65_HS1-834228961_62-HQ-83894_Section_8
Agency: FBI
Page 29
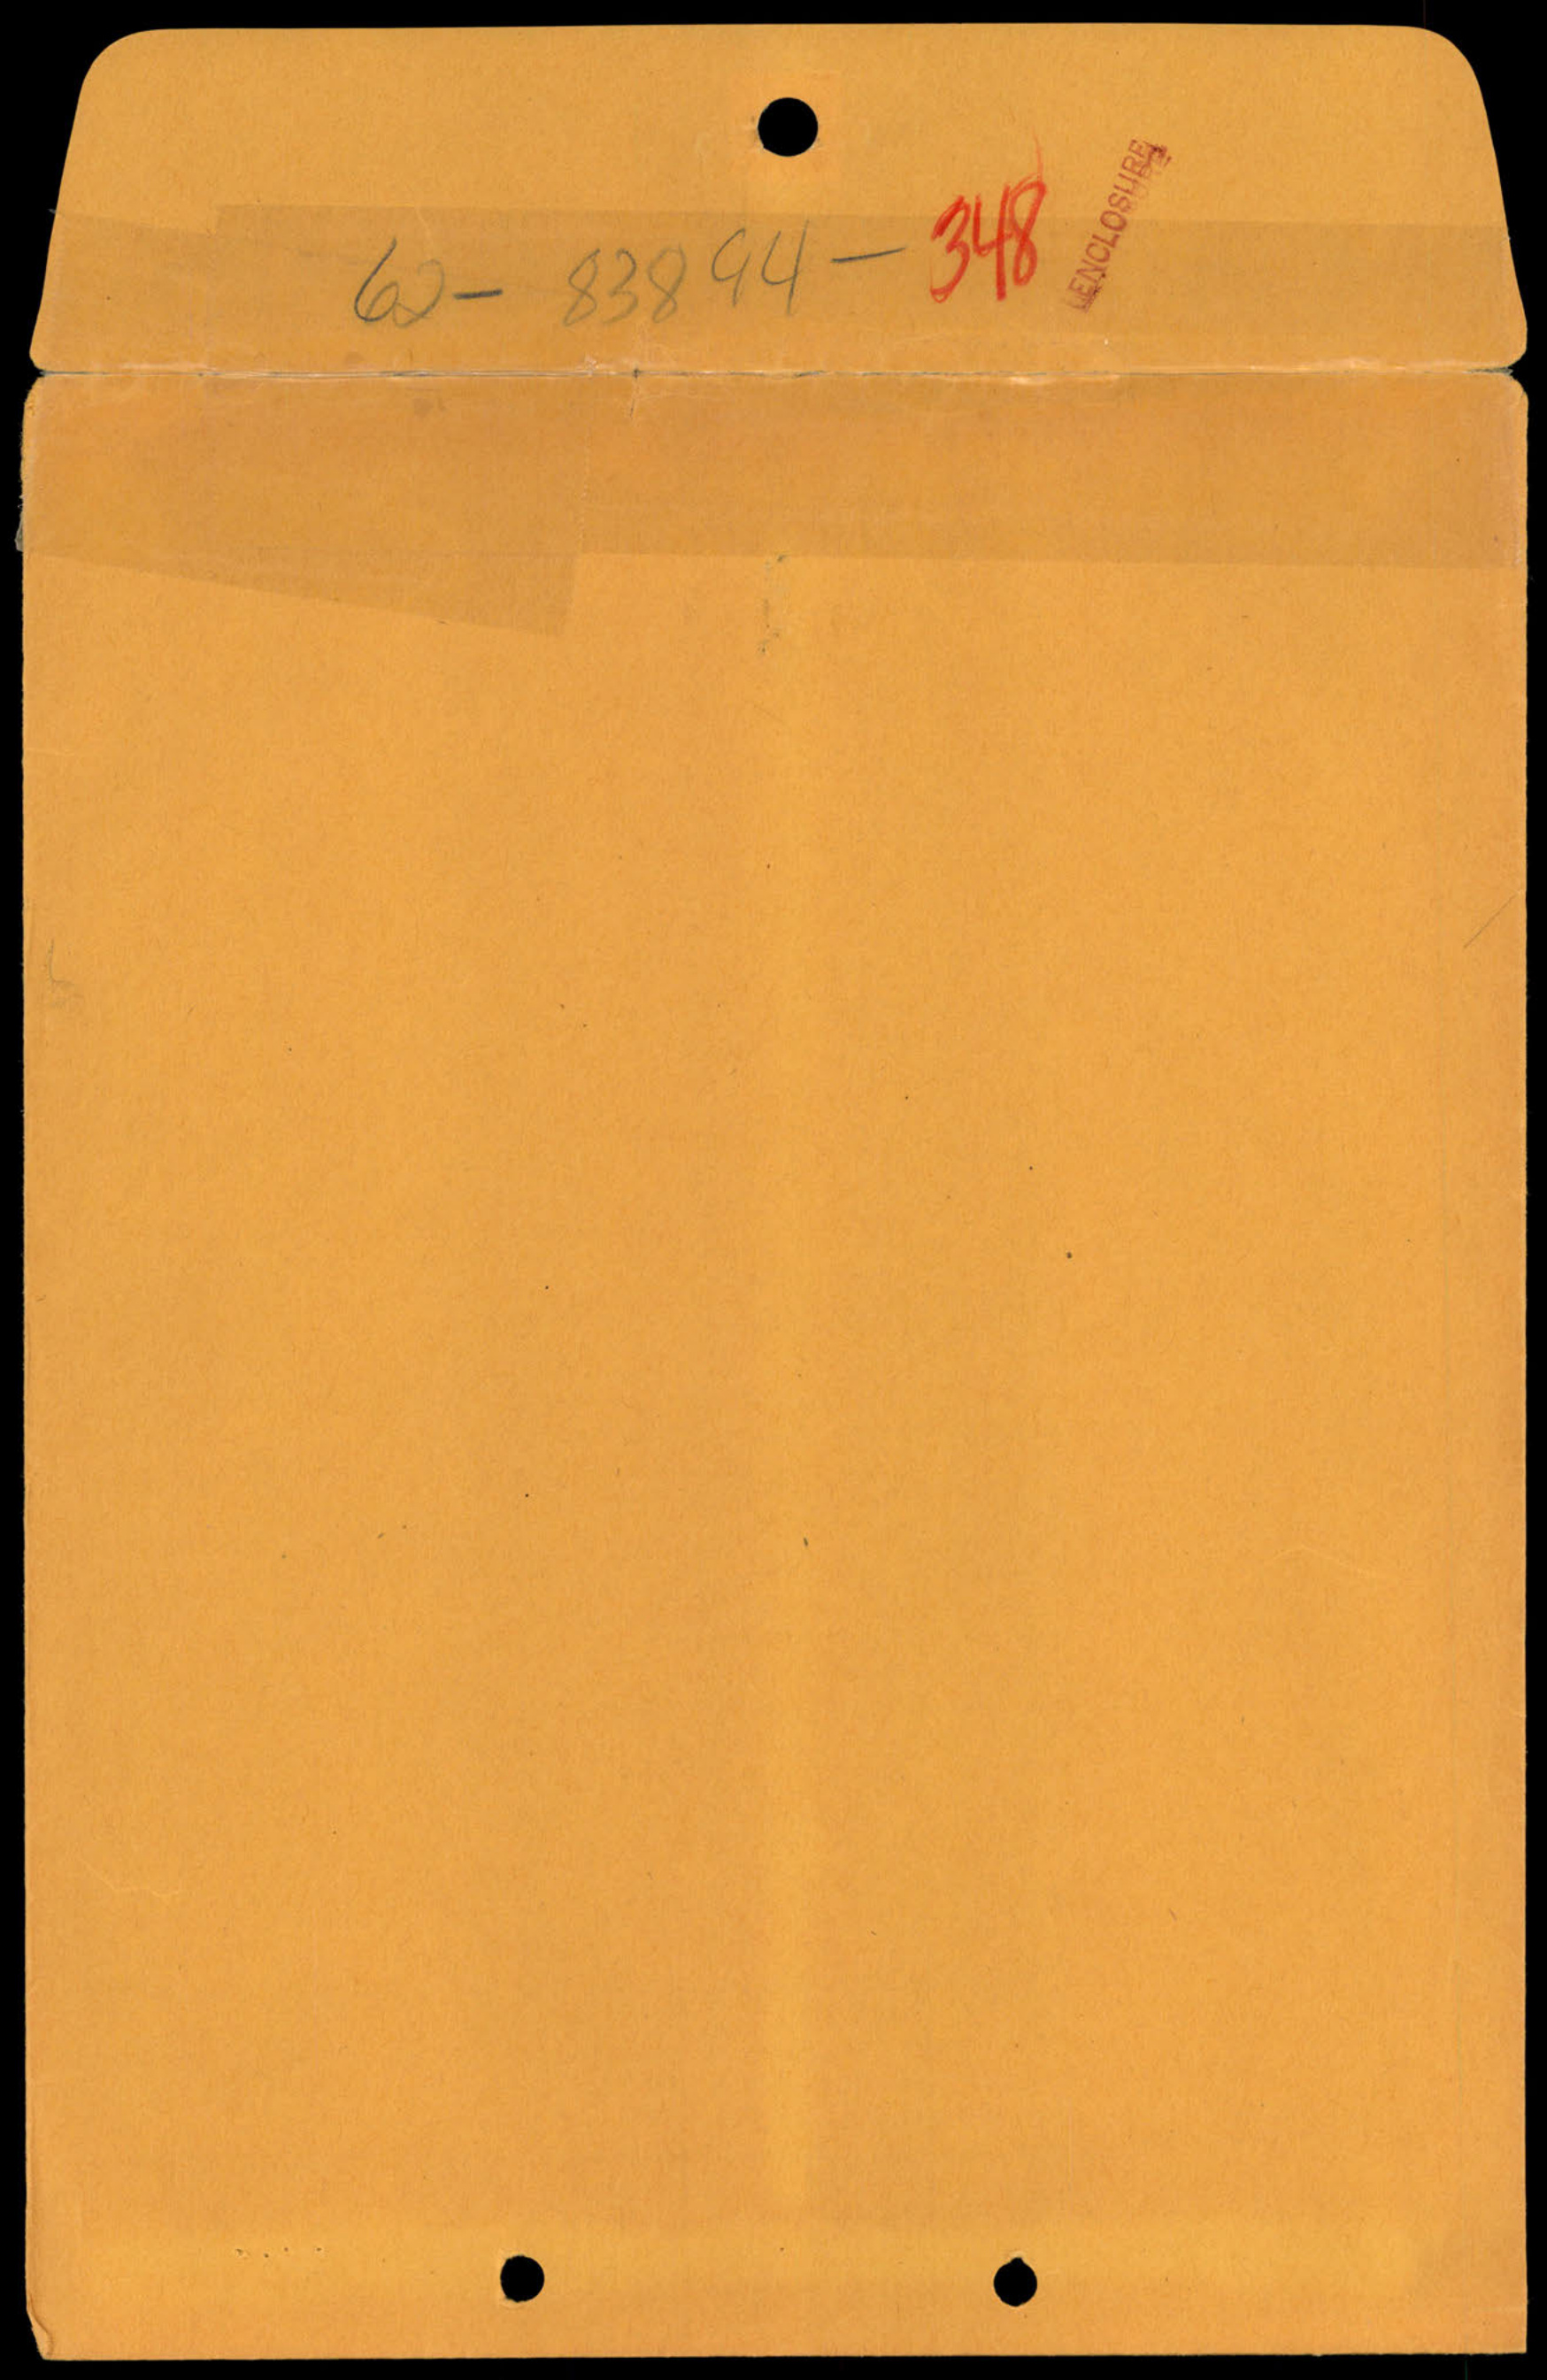